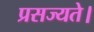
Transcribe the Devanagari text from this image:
प्रसज्यते।